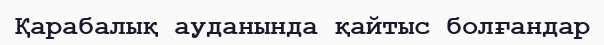
Қарабалық ауданында қайтыс болғандар